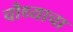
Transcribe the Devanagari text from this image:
चौथ्याचा